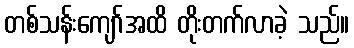
တစ်သန်းကျော်အထိ တိုးတက်လာခဲ့ သည်။